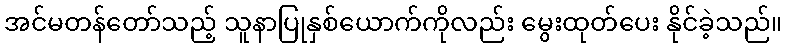
အင်မတန်တော်သည့် သူနာပြုနှစ်ယောက်ကိုလည်း မွေးထုတ်ပေး နိုင်ခဲ့သည်။